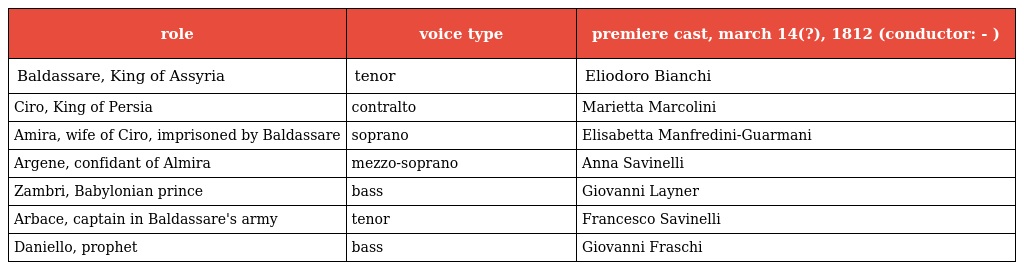
| role | voice type | premiere cast, march 14(?), 1812 (conductor: - ) |
 | --- | --- | --- |
 | Baldassare, King of Assyria | tenor | Eliodoro Bianchi |
 | Ciro, King of Persia | contralto | Marietta Marcolini |
 | Amira, wife of Ciro, imprisoned by Baldassare | soprano | Elisabetta Manfredini-Guarmani |
 | Argene, confidant of Almira | mezzo-soprano | Anna Savinelli |
 | Zambri, Babylonian prince | bass | Giovanni Layner |
 | Arbace, captain in Baldassare's army | tenor | Francesco Savinelli |
 | Daniello, prophet | bass | Giovanni Fraschi |